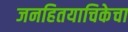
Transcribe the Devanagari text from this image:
जनहितयाचिकेचा